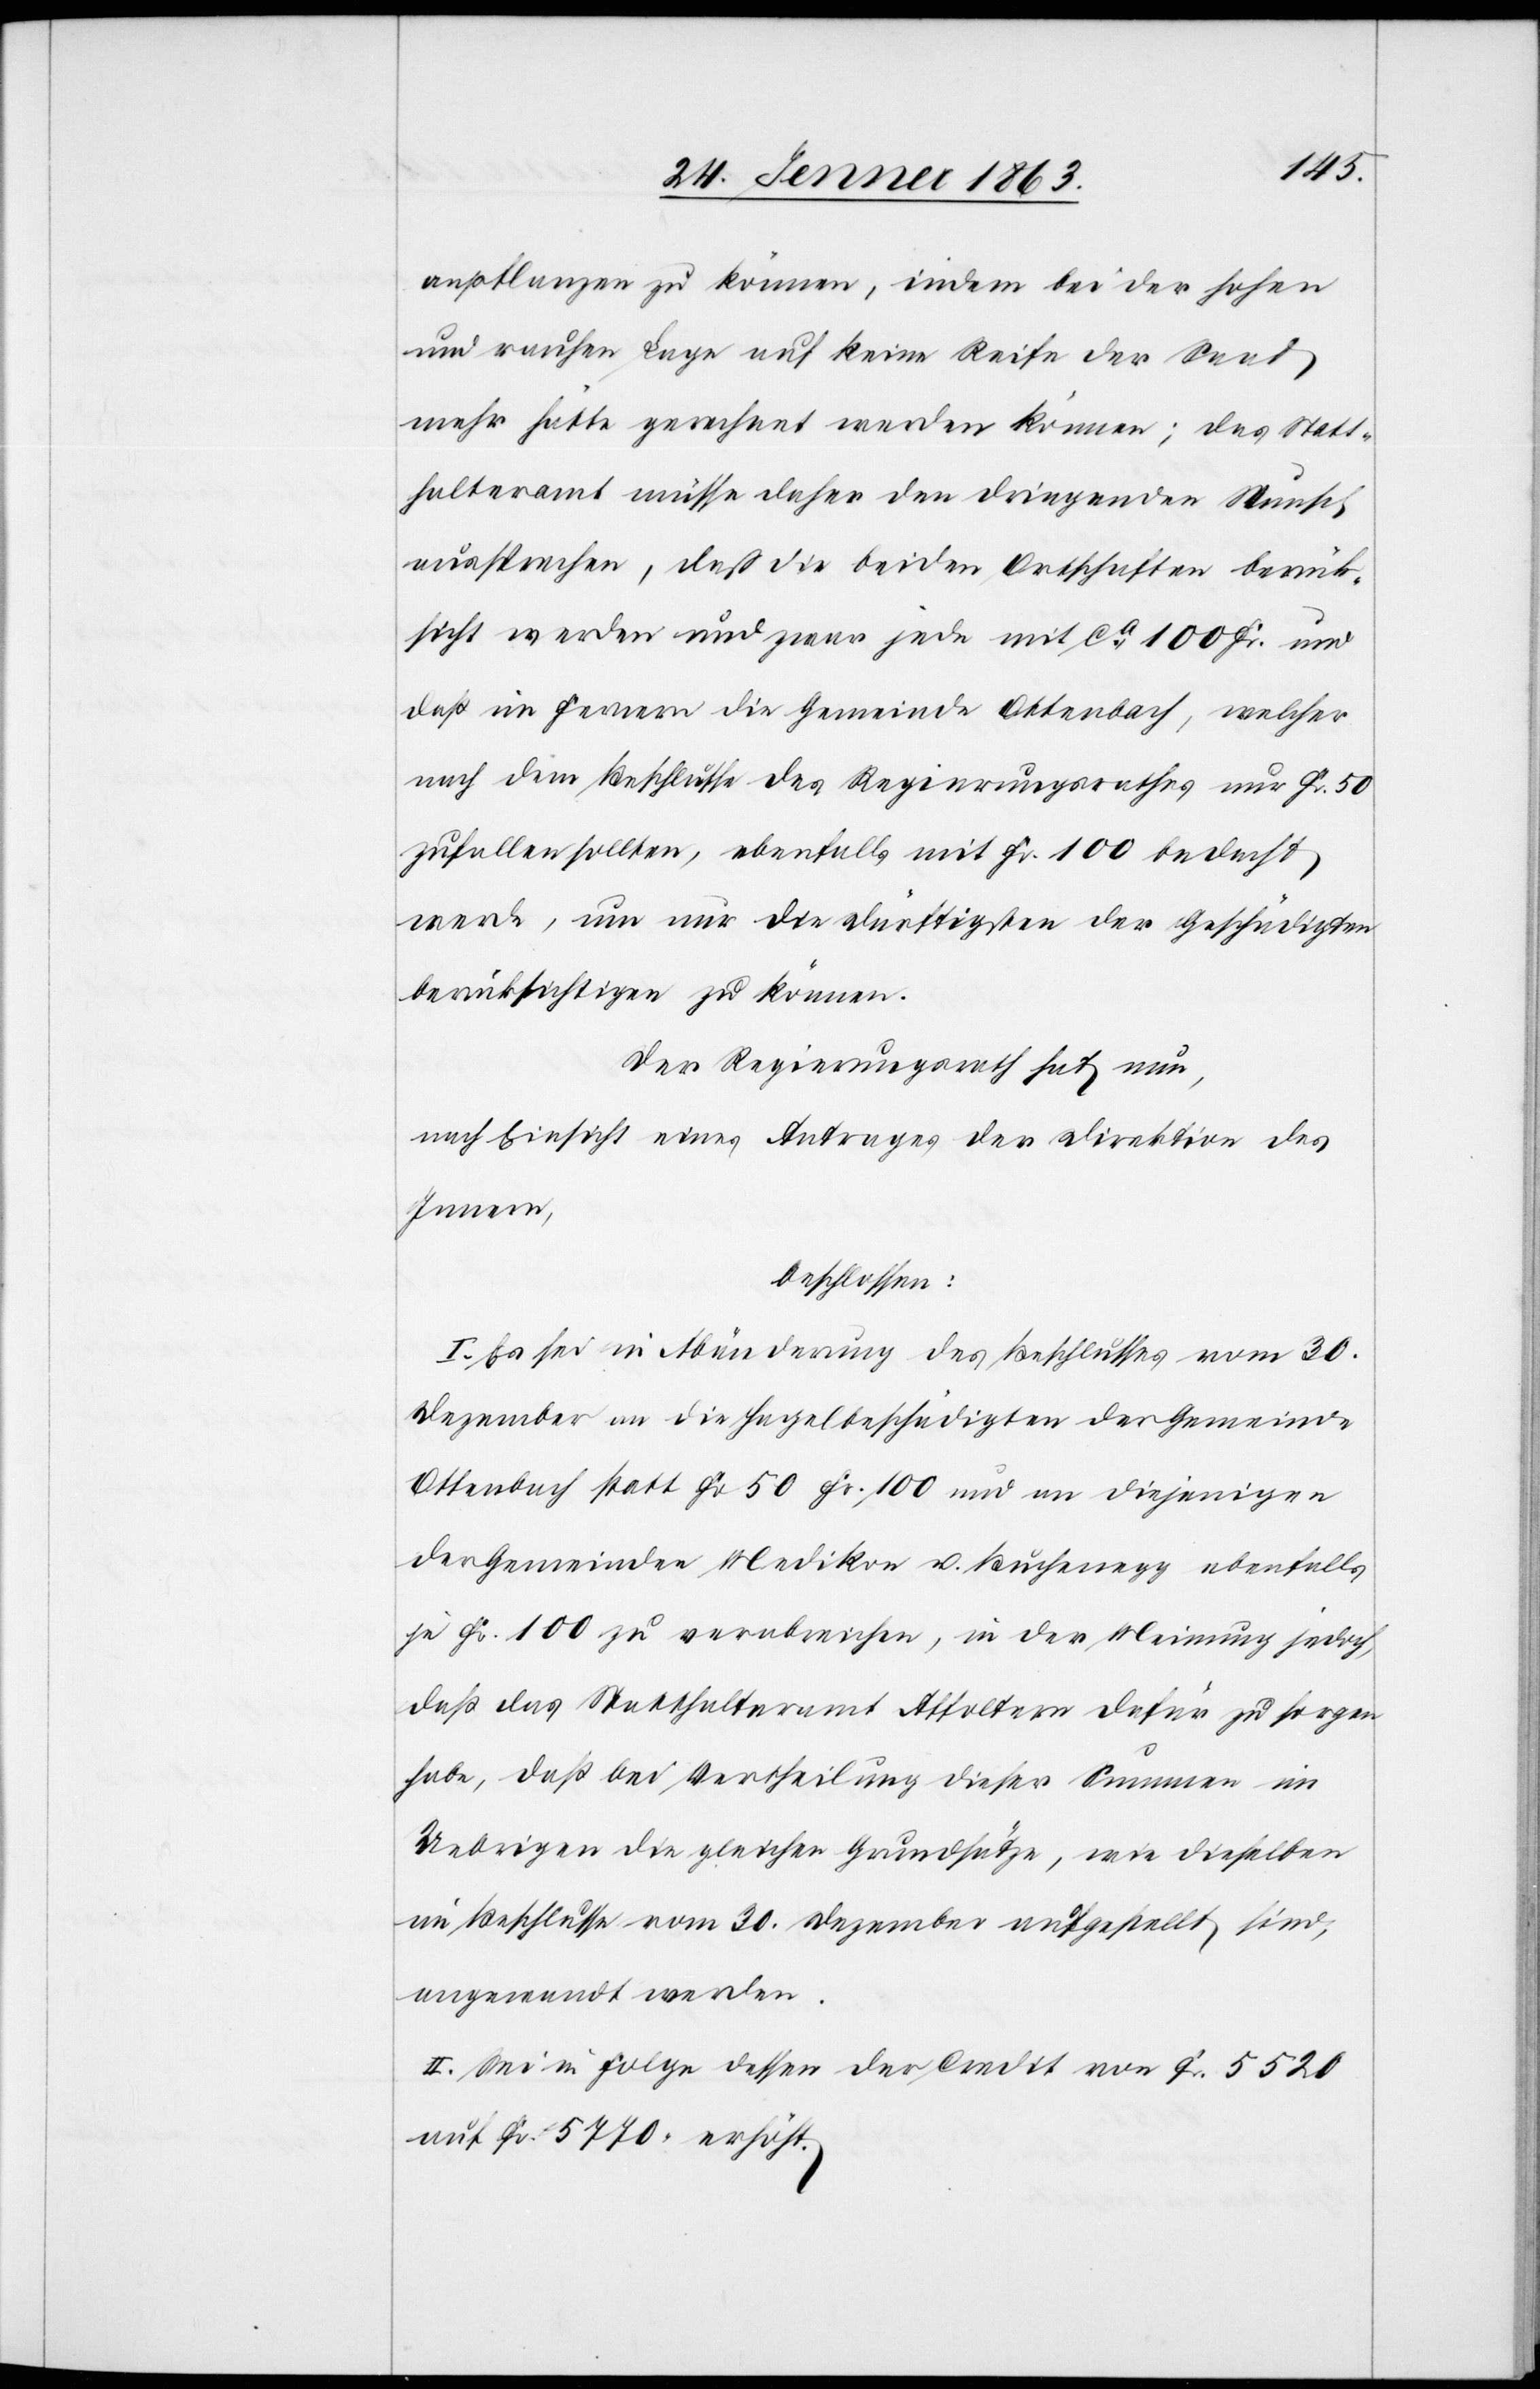
anpflanzen zu können, indem bei der hohen
und rauhen Lage auf keine Reife der Saat
mehr hätte gerechnet werden können; das Statt¬
halteramt müsse daher den dringenden Wunsch
aussprechen, dass die beiden Ortschaften berück¬
sicht[igt] werden und zwar jede mit ca 100 Fr. und
daß im Fernern die Gemeinde Ottenbach, welcher
nach dem Beschlusse des Regierungsrathes nur Fr. 50
zufallen sollten, ebenfalls mit Fr. 100 bedacht
werde, um nur die Dürftigen der Geschädigten
berücksichtigen zu können.
Der Regierungsrath hat nun,
nach Einsicht eines Antrages der Direktion des
Innern,
beschlossen:
I. Es sei in Abänderung des Beschlusses vom 30.
Dezember an die Hagelbeschädigten der Gemeinde
Ottenbach statt Fr. 50 Fr. 100 und an diejenigen
der Gemeinde Medikon u. Buchenegg ebenfalls
je Fr. 100 zu verabreichen, in der Meinung jedoch,
daß das Statthalteramt Affoltern dafür zu sorgen
habe, daß bei Vertheilung dieser Summen im
Uebrigen die gleichen Grundsätze, wie dieselben
im Beschlusse vom 30. Dezember aufgestellt sind,
angewandt werden.
II. Sei in Folge dessen der Credit von Fr. 5520
auf Fr. 5770 erhöht.